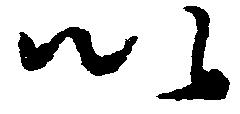
以